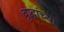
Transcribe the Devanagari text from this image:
वृद्धांच्या